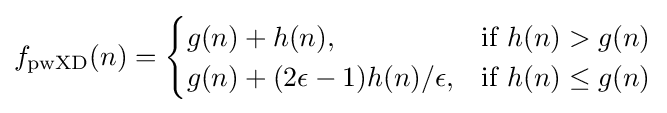
f_{\text{pwXD}}(n)={\begin{cases}g(n)+h(n),&{\text{if }}h(n)>g(n)\\g(n)+(2\epsilon -1)h(n)/\epsilon ,&{\text{if }}h(n)\leq g(n)\end{cases}}